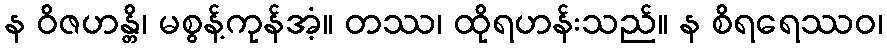
န ဝိဇဟန္တိ၊ မစွန့်ကုန်အံ့။ တဿ၊ ထိုရဟန်းသည်။ န စိရရေဿဝ၊